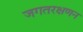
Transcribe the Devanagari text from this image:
जगतरक्षणन